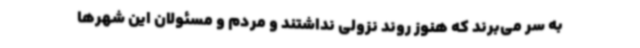
به سر می‌برند که هنوز روند نزولی نداشتند و مردم و مسئولان این شهرها